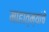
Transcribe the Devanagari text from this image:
माहात्म्यांचे